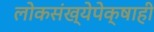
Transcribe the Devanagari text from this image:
लोकसंख्येपेक्षाही